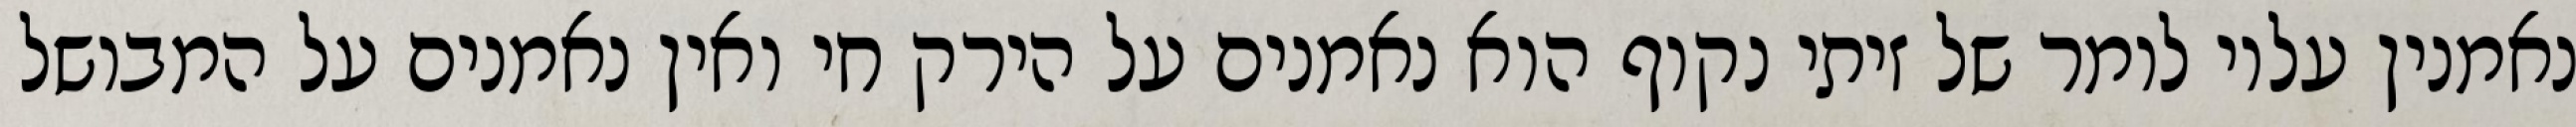
נאמנין עליו לומר של זיתי נקוף הוא נאמנים על הירק חי ואין נאמנים על המבושל